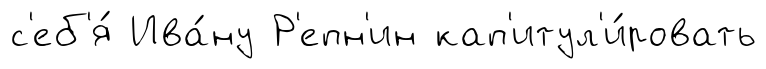
с'еб'я́ Ива́ну Р'епн'ин кап'итул'и́ровать